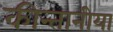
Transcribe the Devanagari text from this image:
कीन्तानीया